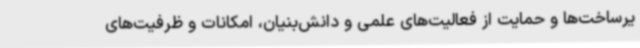
یرساخت‌ها و حمایت از فعالیت‌های علمی و دانش‌بنیان، امکانات و ظرفیت‌های